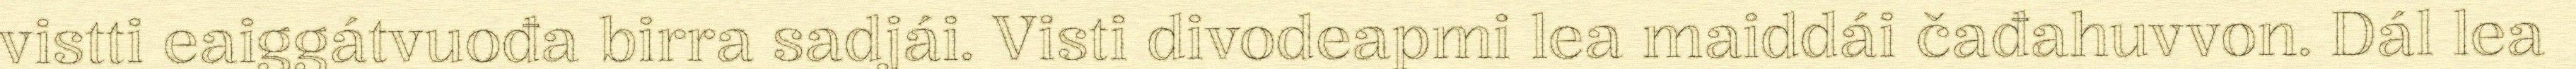
vistti eaiggátvuođa birra sadjái. Visti divodeapmi lea maiddái čađahuvvon. Dál lea